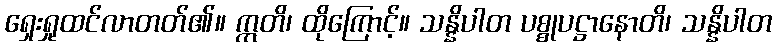
ရှေးရှုထင်လာတတ်၏။ ဣတိ၊ ထိုကြောင့်။ သန္နိပါတ ပစ္စုပဋ္ဌာနောတိ၊ သန္နိပါတ